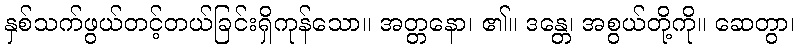
နှစ်သက်ဖွယ်တင့်တယ်ခြင်းရှိကုန်သော။ အတ္တနော၊ ၏။ ဒန္တေ၊ အစွယ်တို့ကို။ ဆေတွာ၊